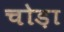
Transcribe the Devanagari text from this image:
चोड़ा